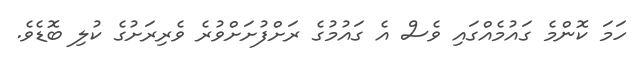
ހަމަ ކޮންމެ ގައުމެއްގައި ވެސް އެ ގައުމުގެ ރަށްފުށަށްވުރެ ވެރިރަށުގެ ކުލި ބޮޑެވެ.